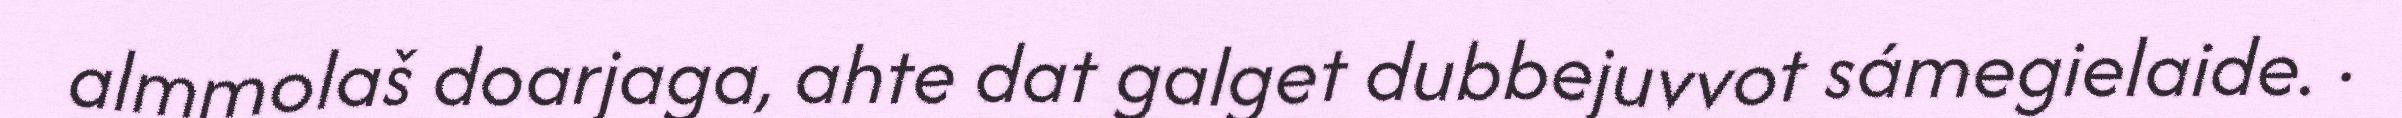
almmolaš doarjaga, ahte dat galget dubbejuvvot sámegielaide. ·